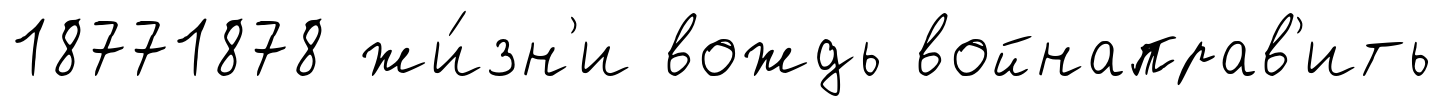
18771878 жи́зн'и вождь войнаправ'ить